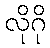
လိုဂို